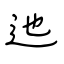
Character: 迆